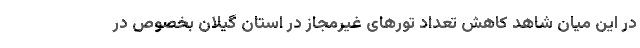
در این میان شاهد کاهش تعداد تورهای غیرمجاز در استان گیلان بخصوص در